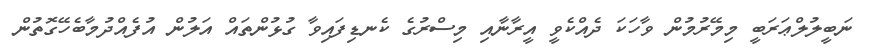
ނަބީލުލްޢަރަބީ މިމޭރުމުން ވާހަކަ ދެއްކެވީ އީރާނާއި މިސްރުގެ ކެނޑިފައިވާ ގުޅުންތައް އަލުން އުފެއްދުމާބެހޭގޮތުން